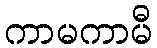
ကာမကာမီ